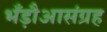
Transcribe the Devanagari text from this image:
भँड़ौआसंग्रह